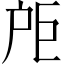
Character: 𪭘